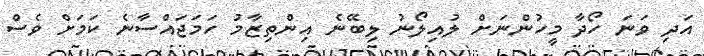
އަދި ވަނަ ހޯދާ މީހުންނަށް ލުއިލޯނު ލިބޭނެ އިންތިޒާމު ހަމަޖައްސާނެ ކަމަށް ވެސް